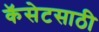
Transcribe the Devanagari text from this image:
कॅसेटसाठी